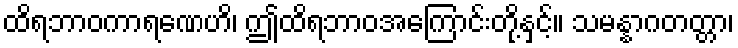
ထိရဘာဝကာရဏေဟိ၊ ဤထိရဘာဝအကြောင်းတို့နှင့်။ သမန္နာဂတတ္တာ၊